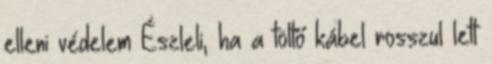
elleni védelem Észleli, ha a töltő kábel rosszul lett